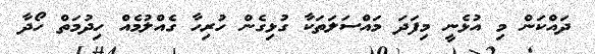
ދައްކަން މި އުޅެނީ މިފަދަ މައްސަލަތަކާ ގުޅިގެން ހުރިހާ ގެއްލުމެއް ހިދުމަތް ހޯދާ